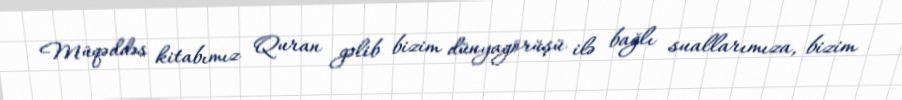
Müqəddəs kitabımız Quran gəlib bizim dünyagörüşü ilə bağlı suallarımıza, bizim